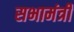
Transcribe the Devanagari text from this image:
सभामंत्री